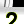
Digit: 2